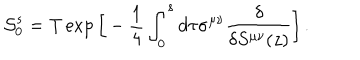
LaTeX: { \cal S } _ { 0 } ^ { s } = \mathrm { T } \exp \Big [ - { \frac { 1 } { 4 } } \int _ { 0 } ^ { s } d \tau \sigma ^ { \mu \nu } { \frac { \delta } { \delta S ^ { \mu \nu } ( z ) } } \Big ] \, .